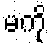
မကို